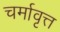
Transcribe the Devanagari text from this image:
चर्मावृत्त